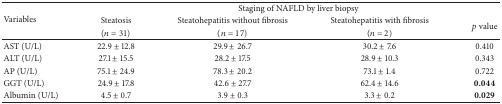
<table><thead><tr><td rowspan="3"><b>Variables</b></td><td colspan="4"><b>Staging of NAFLD by liver biopsy</b></td></tr><tr><td><b>Steatosis </b></td><td><b>Steatohepatitis without fibrosis </b></td><td><b>Steatohepatitis with fibrosis </b></td><td rowspan="2"><b><i>p</i> value</b></td></tr><tr><td><b>(<i>n</i> = 31)</b></td><td><b>(<i>n</i> = 17)</b></td><td><b>(<i>n</i> = 2)</b></td></tr></thead><tbody><tr><td>AST (U/L)</td><td>22.9 ± 12.8</td><td>29.9 ± 26.7</td><td>30.2 ± 7.6</td><td>0.410</td></tr><tr><td>ALT (U/L)</td><td>27.1 ± 15.5</td><td>28.2 ± 17.5</td><td>28.9 ± 10.3</td><td>0.343</td></tr><tr><td>AP (U/L)</td><td>75.1 ± 24.9</td><td>78.3 ± 20.2</td><td>73.1 ± 1.4</td><td>0.722</td></tr><tr><td>GGT (U/L)</td><td>24.9 ± 17.8</td><td>42.6 ± 27.7</td><td>62.4 ± 14.6</td><td><b>0.044</b></td></tr><tr><td>Albumin (U/L)</td><td>4.5 ± 0.7</td><td>3.9 ± 0.3</td><td>3.3 ± 0.2</td><td><b>0.029</b></td></tr></tbody></table>